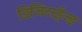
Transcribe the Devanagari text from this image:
डिजिटाईज्ड